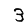
Digit: 3